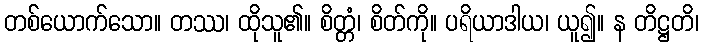
တစ်ယောက်သော။ တဿ၊ ထိုသူ၏။ စိတ္တံ၊ စိတ်ကို။ ပရိယာဒါယ၊ ယူ၍။ န တိဋ္ဌတိ၊